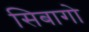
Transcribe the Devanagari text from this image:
सिबागो